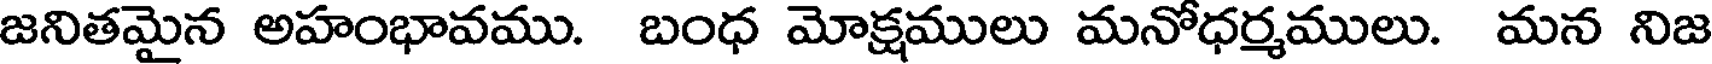
జనితమైన అహంభావము. బంధ మోక్షములు మనోధర్మములు. మన నిజ